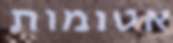
אטומות